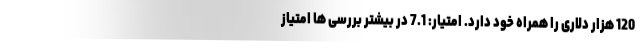
120 هزار دلاری را همراه خود دارد. امتیار: 7.1 در بیشتر بررسی ها امتیاز